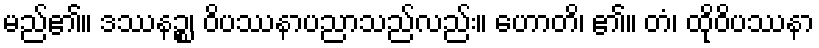
မည်၏။ ဒဿနဉ္စ၊ ဝိပဿနာပညာသည်လည်း။ ဟောတိ၊ ၏။ တံ၊ ထိုဝိပဿနာ